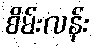
စိမ်းလန်း